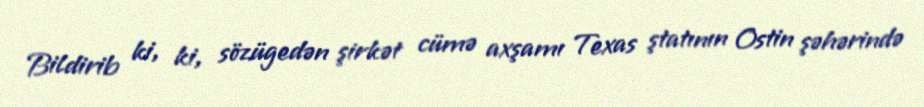
Bildirib ki, ki, sözügedən şirkət cümə axşamı Texas ştatının Ostin şəhərində